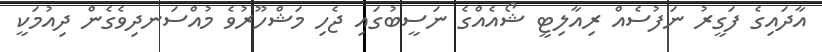
އާދައިގެ ފަގީރު ނަފުސެއް ރިއާލިޓީ ޝޯއެއްގެ ނަސީބުގައި ޖެހި މަޝްހޫރުވެ މުއްސަނދިވެގެން ދިއުމަކީ